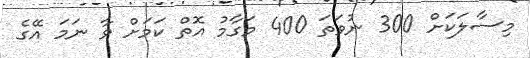
މިސާލަކަށް 300 ނުވަތަ 400 މަގާމު އޮތް ކަމަށް ވާ ނަމަ އޭގެ